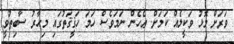
ވަރަށް މޮޅު ވަކީލެއް ކަމަށް. ޢެހެން ނަމަވެސް ހަމަ ހަޤީޤަތުގައި މިހާރު ސާބިތުވީ